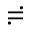
\risingdotseq